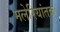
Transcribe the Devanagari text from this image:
मलेरियांतक